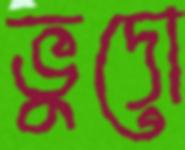
ভুদো